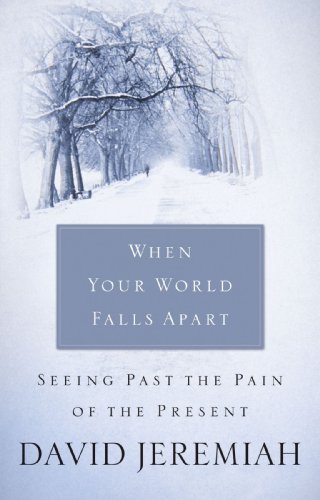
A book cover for When Your World Falls Apart: See Past the Pain of the Present; David Jeremiah; Christian Books & Bibles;